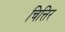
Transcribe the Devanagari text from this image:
चित्तिर